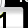
Digit: 1